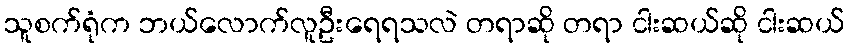
သူစက်ရုံက ဘယ်လောက်လူဦးရေရသလဲ တရာဆို တရာ ငါးဆယ်ဆို ငါးဆယ်